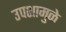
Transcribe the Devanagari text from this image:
उपशामुळे